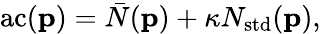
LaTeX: \mathrm{ac}(\mathbf{p})=\bar{N}(\mathbf{p})+\kappa N_{\mathrm{std}}(\mathbf{p}),